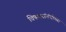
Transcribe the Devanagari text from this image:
विषयासंबंधीच्या